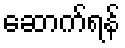
ဆောက်ရန်